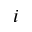
i